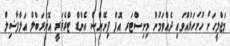
މަޖްލީހަށް ހުށަހަޅުއްވައި ދެއްވަމުން މިނިސްޓަރ އޮފް ފިނޭންސް އެންޑް ޓްރެޜަރީ އޮނަރަބްލް އަލްފާޟިލް